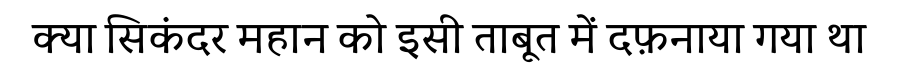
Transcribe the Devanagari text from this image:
क्या सिकंदर महान को इसी ताबूत में दफ़नाया गया था